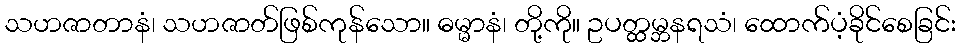
သဟဇာတာနံ၊ သဟဇာတ်ဖြစ်ကုန်သော။ ဓမ္မာနံ၊ တို့ကို။ ဥပတ္ထမ္ဘနရသံ၊ ထောက်ပံ့ခိုင်စေခြင်း